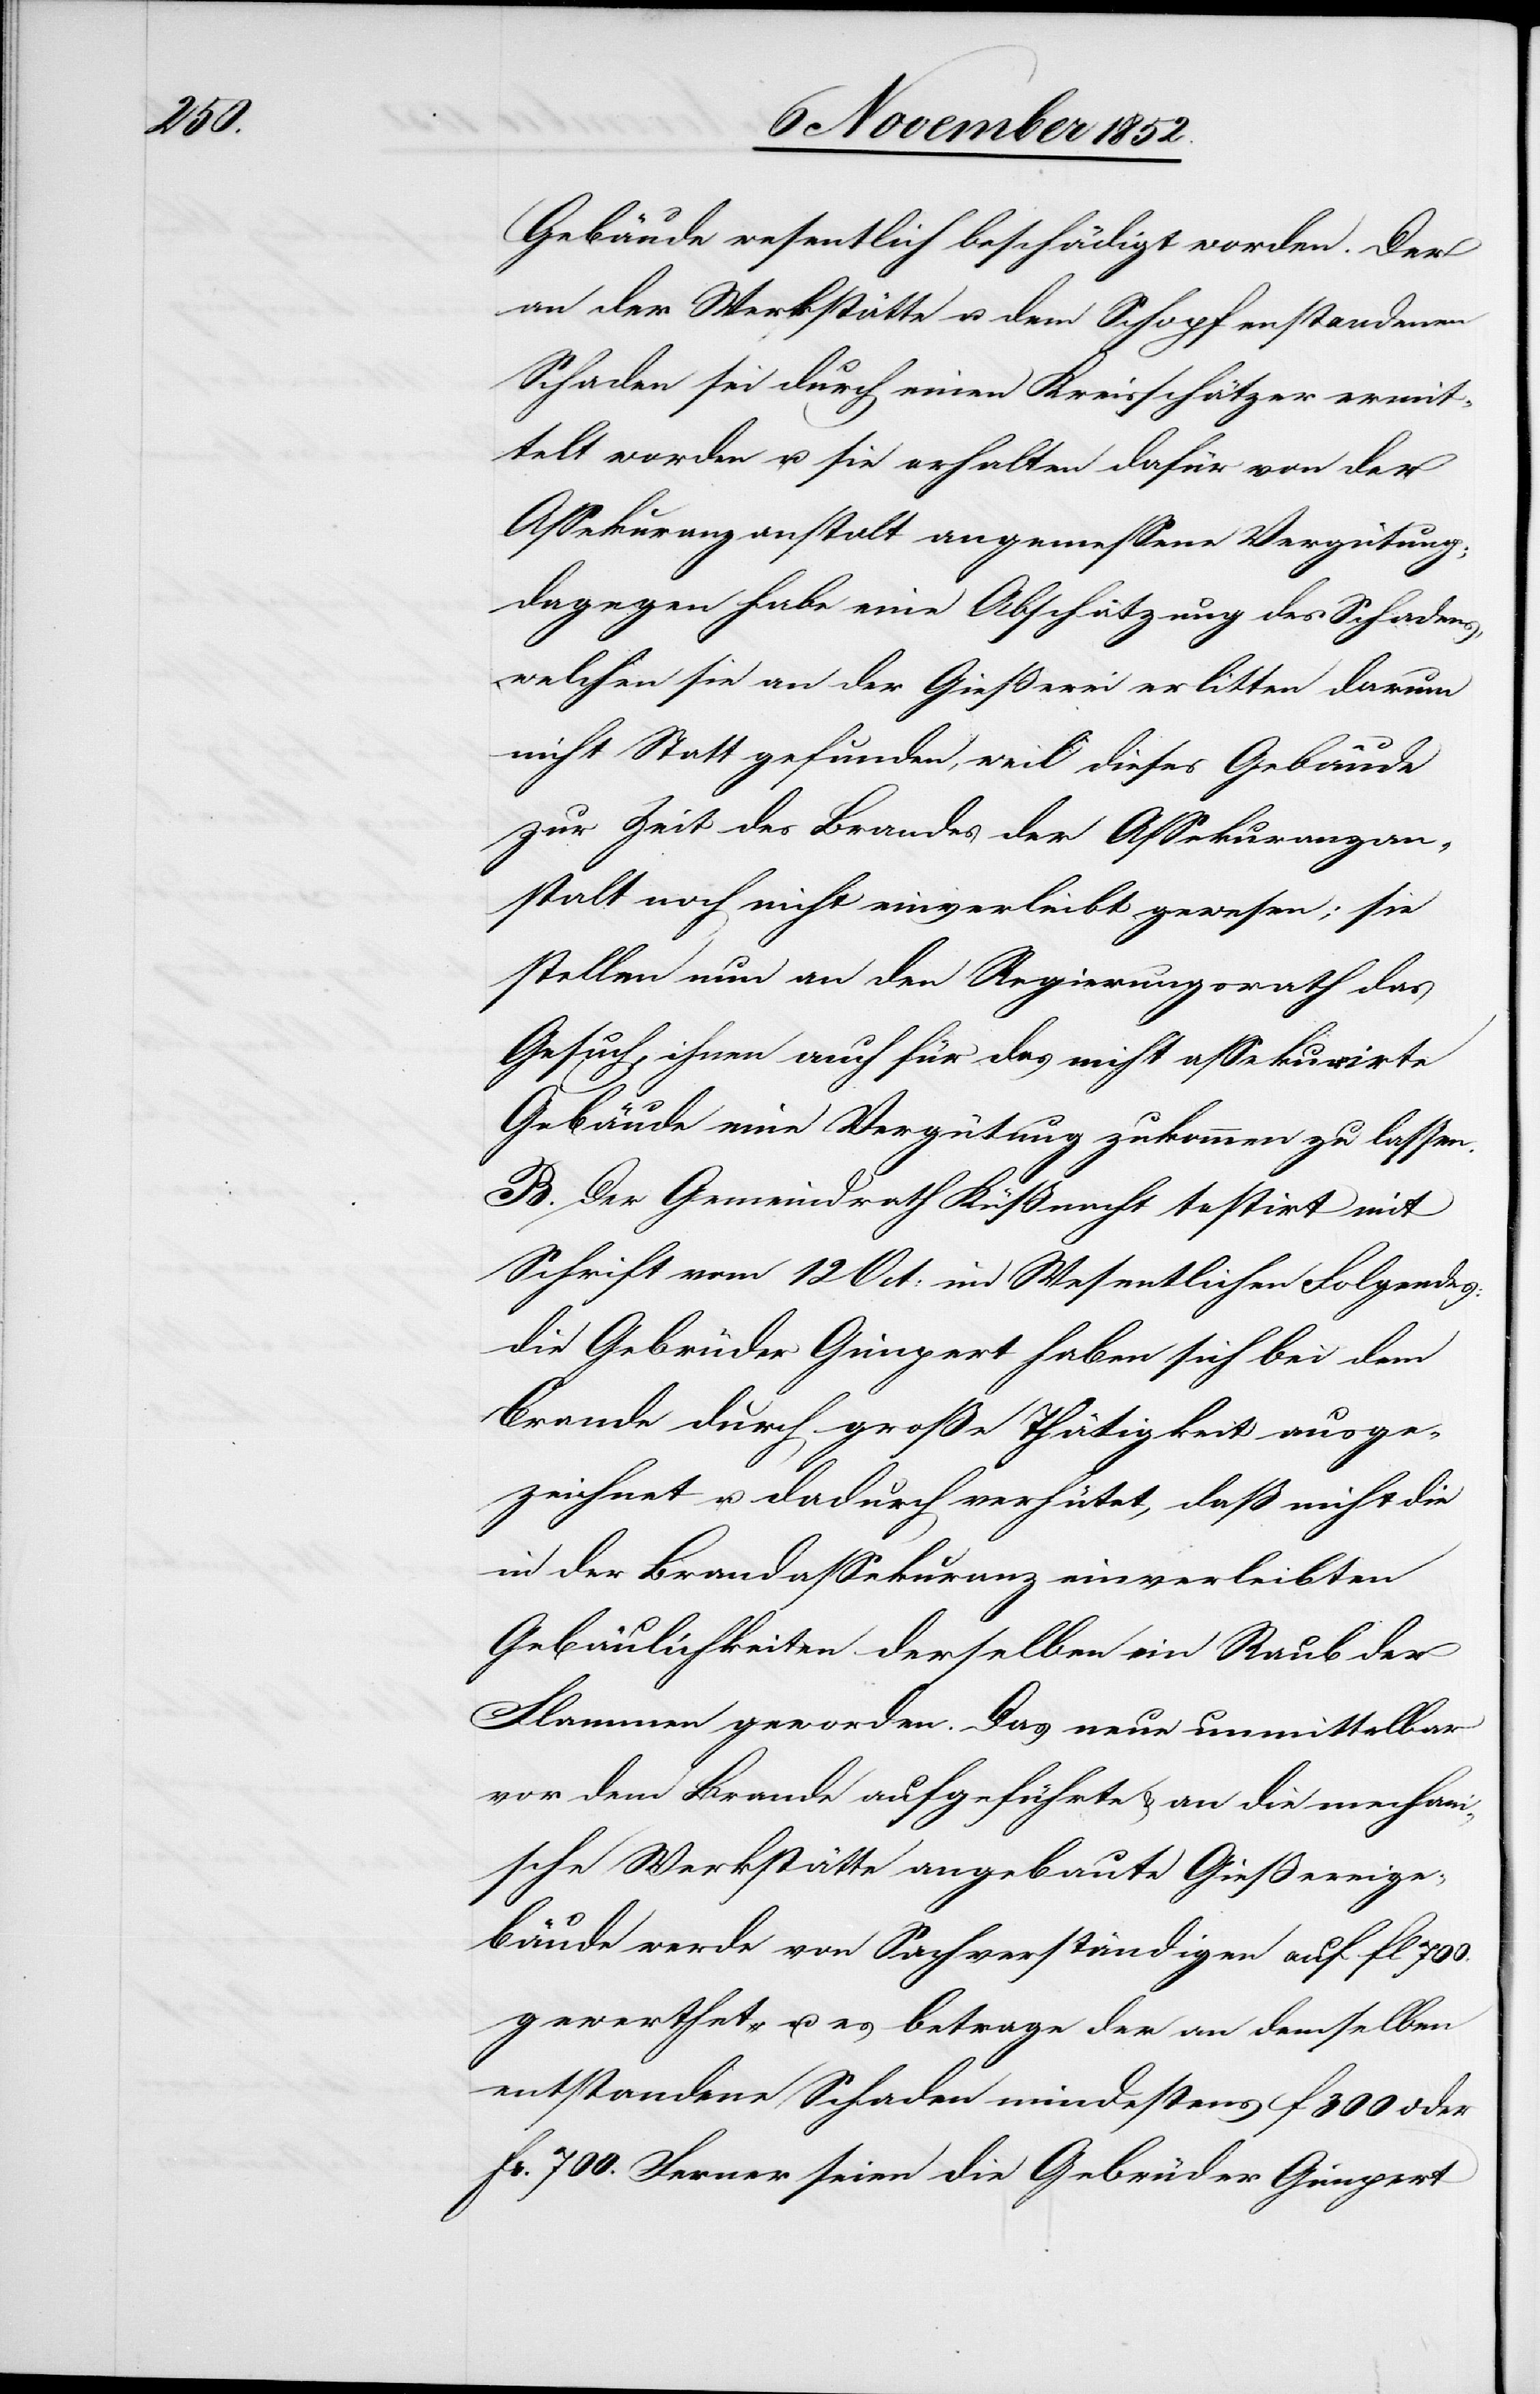
Gebäude wesentlich beschädigt worden. Der
an der Werkstätte u. dem Schopf entstandenen
Schaden sei durch einen Kreisschätzer ermit¬
telt worden u. sie erhalten dafür von der
Assekuranzanstalt angemessene Vergütung;
dagegen habe eine Abschätzung des Schadens,
welchen sie an der Gießerei erlitten darum
nicht Statt gefunden, weil dieses Gebäude
zur Zeit des Brandes der Assekuranzan¬
stalt noch nicht einverleibt gewesen; sie
stellen nun an den Regierungsrath das
Gesuch, ihnen auch für das nicht assekurirte
Gebäude eine Vergütung zukommen zu lassen.
B. Der Gemeindrath Küßnacht testirt mit
Schrift vom 12 Oct: im Wesentlichen Folgendes:
die Gebrüder Gimpert haben sich bei dem
Brande durch große Thätigkeit ausge¬
zeichnet u. dadurch verhütet, daß nicht die
in der Brandassekuranz einverleibten
Gebäulichkeiten derselben ein Raub der
Flammen geworden. Das neue unmittelbar
vor dem Brande aufgeführte & an die mechan¬
ische Werkstätte angebaute Gießereige¬
bäude werde von Sachverständigen auf fl 700.
gewerthet u. es betrage der an demselben
entstandene Schaden mindestens f 300 oder
Fr. 700. Ferner seien die Gebrüder Gimpert